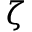
\zeta